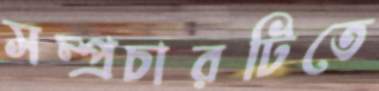
সম্প্রচারটিতে